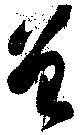
曾